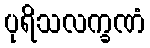
ပုရိသလက္ခဏံ